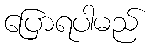
ပြောရပါမည်